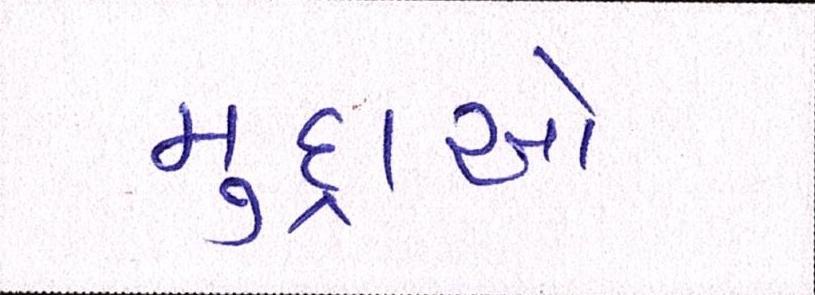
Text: મુદ્દાઓ